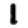
Digit: 1